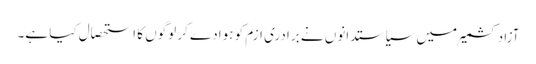
آزادکشمیر میں سیاستدانوں نے برادری ازم کو ہوادے کر لوگوں کا استحصال کیا ہے۔